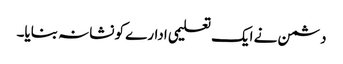
دشمن نے ایک تعلیمی ادارے کو نشانہ بنایا۔